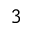
_ 3